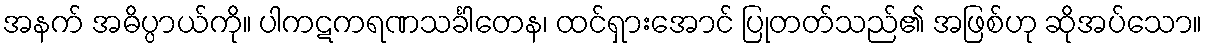
အနက် အဓိပ္ပာယ်ကို။ ပါကဋကရဏသင်္ခါတေန၊ ထင်ရှားအောင် ပြုတတ်သည်၏ အဖြစ်ဟု ဆိုအပ်သော။